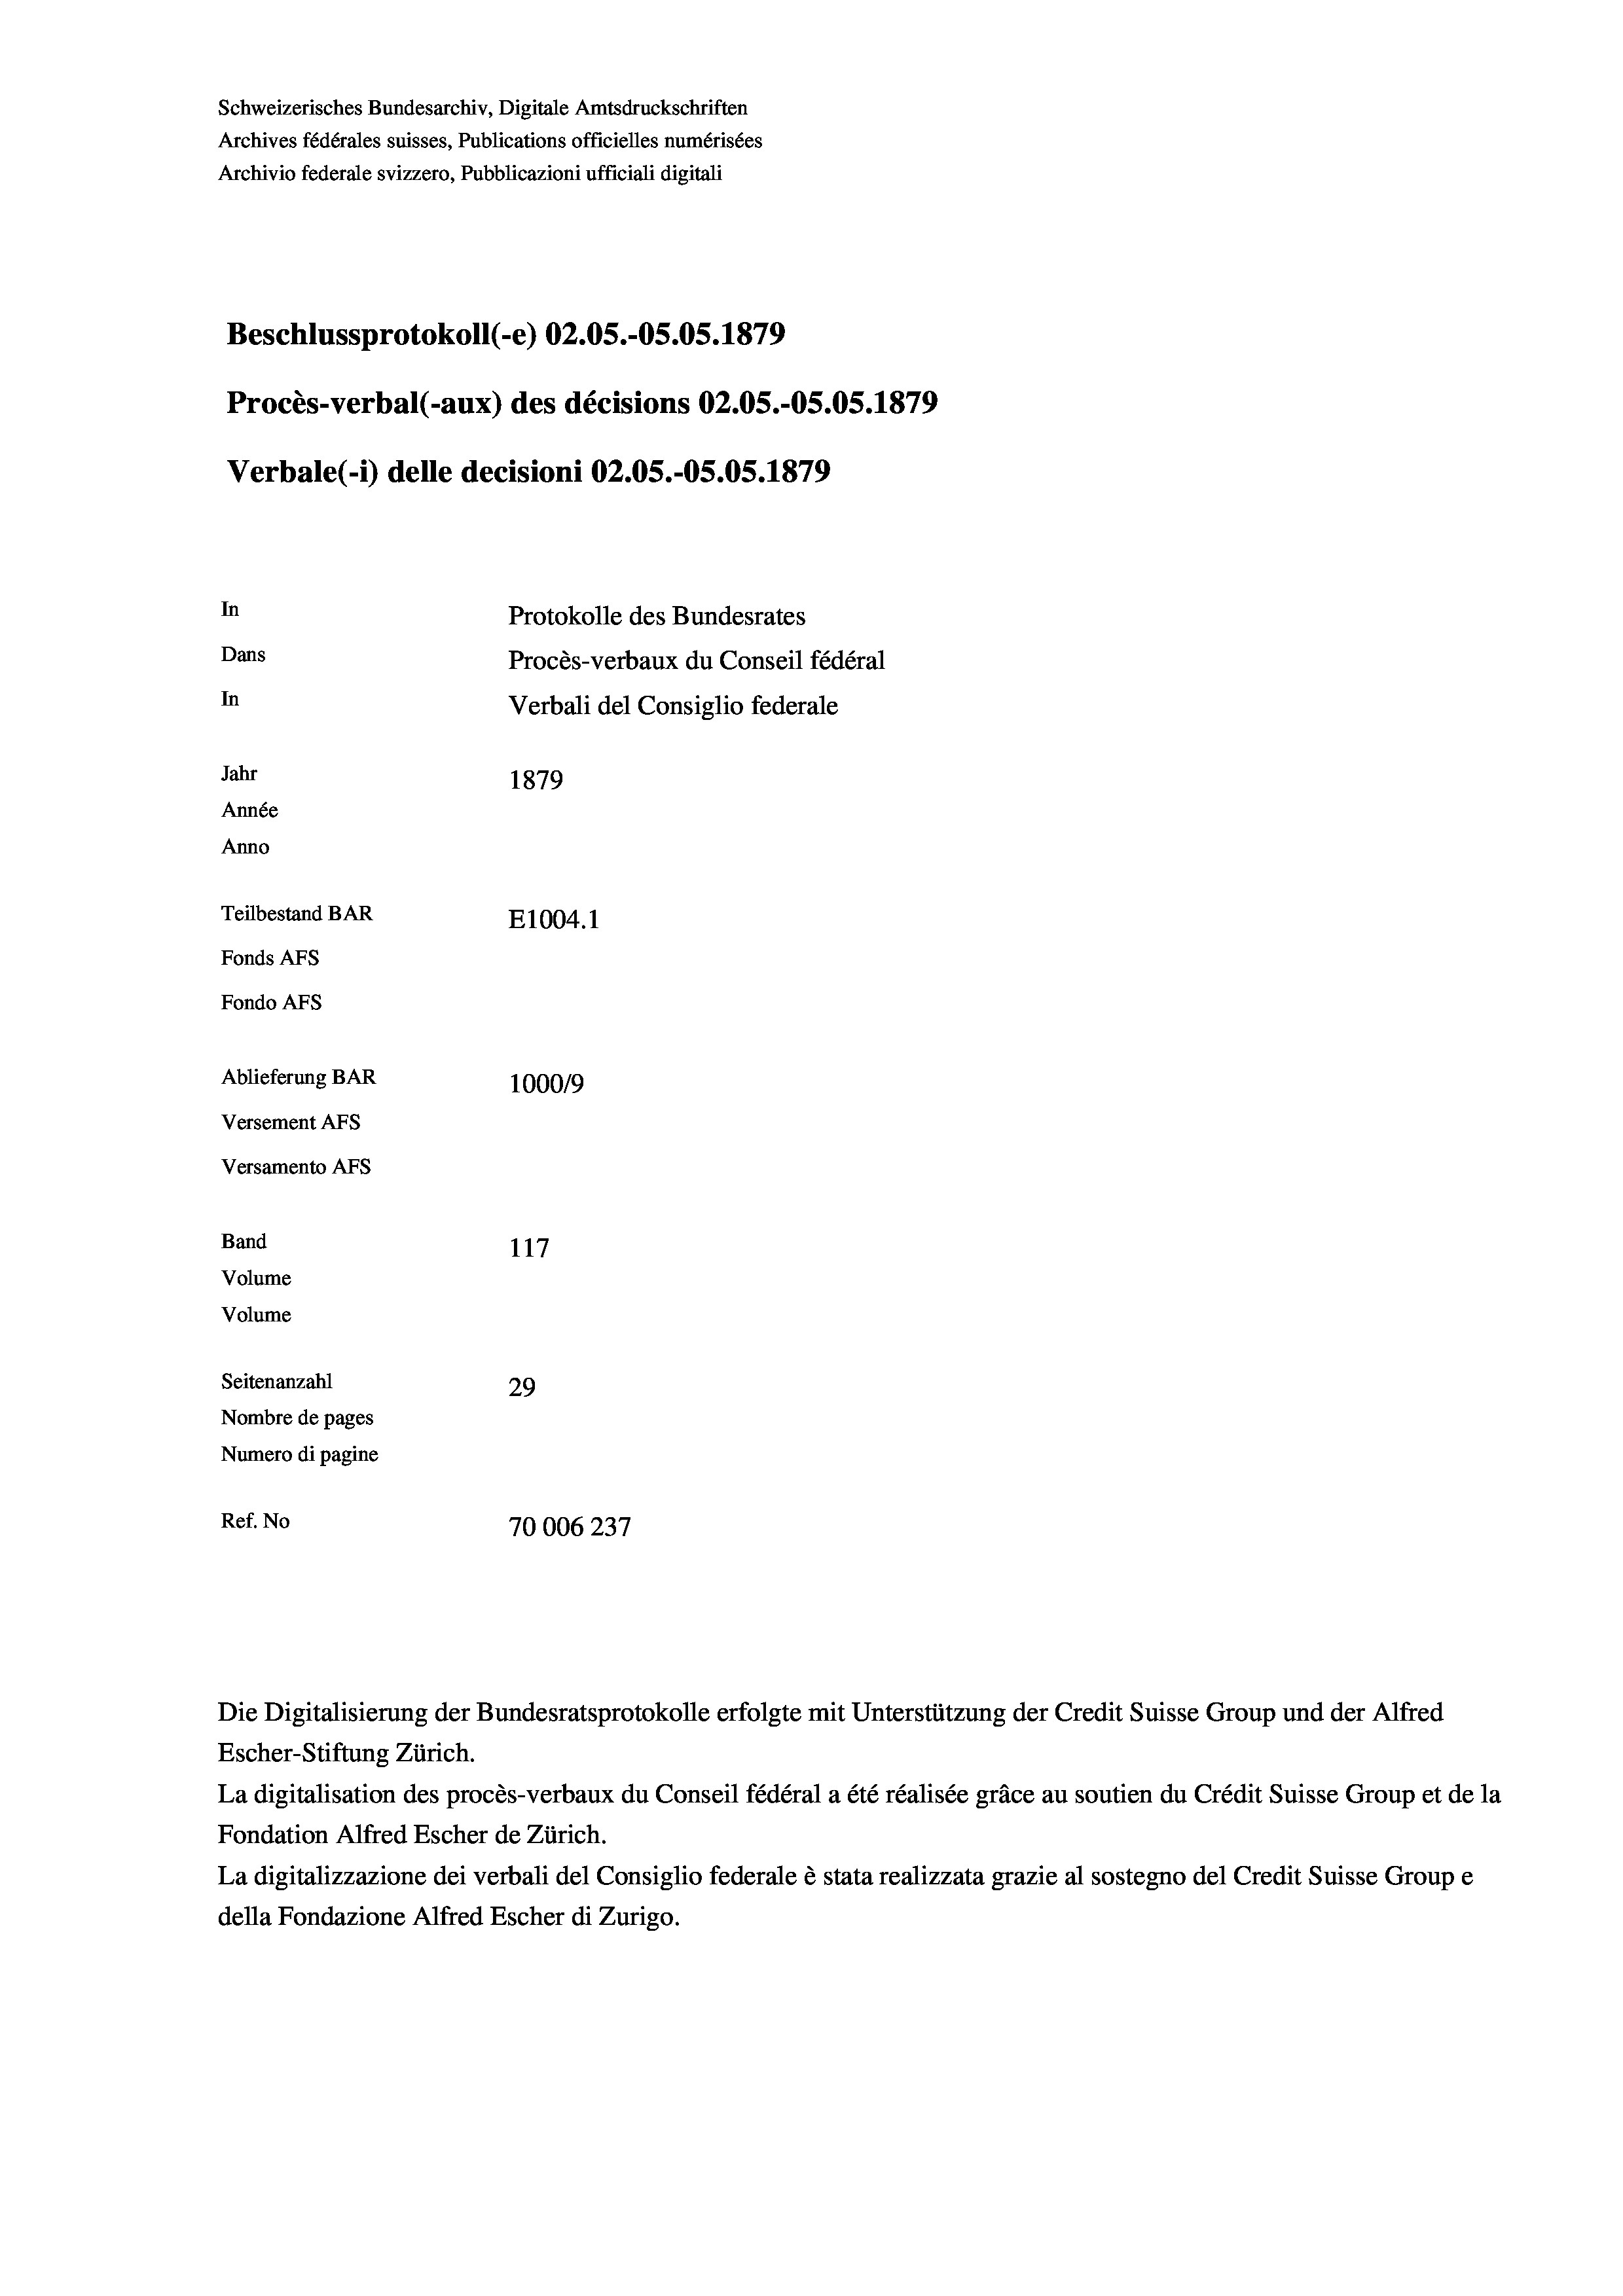
Schweizerisches Bundesarchiv, Digitale Amtsdruckschriften
Archives fédérales suisses, Publications officielles numérisées
Archivio federale svizzero, Pubblicazioni ufficiali digitali
e
Beschlussprotokoll (-e) 02.05.-OS.05. 1879
Procès-verbal (-aux) des décisions 02.05.-OS.05. 1879
Verbale (- 1) delle decisioni 02.05.-O5.05. 1879
In
Protokolle des Bundesrates
Dans
Procès-verbaux du Conseil fédéral
In
Verbali del Consiglio federale
Jahr
1879
Année
Anno
Teilbestand BAR
E1004.1
Fonds AFs
Fondo AFS
Ablieferung BAR
100019
Versement AFs
Versamento AFS
Band
117

Seitenanzahl
29
Nombre de pages
Numero di pagine
Ref. No
70006237

Volume
Volume

Die Digitalisierung der Bundesratsprotokolle erfolgte mit Unterstützung der Credit Suisse Group und der Alfred
Escher-Stiftung Zürich.
La digitalisation des procès-verbaux du Conseil fédéral a été réalisée gräce au soutien du Crédit Suisse Group et de la
Fondation Alfred Escher de Zürich.
La digitalizzazione dei verbali del Consiglio federale è stata realizzata grazie al sostegno del Credit Suisse Groupe
della Fondazione Alfred Escher di Zurigo.